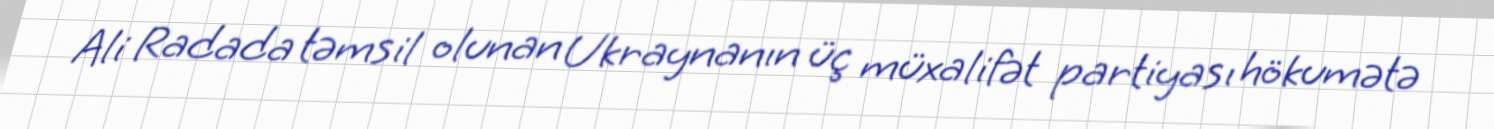
Ali Radada təmsil olunan Ukraynanın üç müxalifət partiyası hökumətə